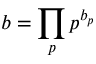
\; b = \prod _ { p } p ^ { b _ { p } }